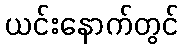
ယင်းနောက်တွင်